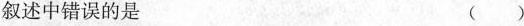
叙述中错误的是 ()